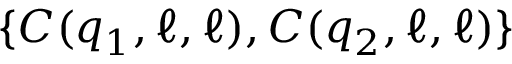
\{ C ( q _ { 1 } , \ell , \ell ) , C ( q _ { 2 } , \ell , \ell ) \}